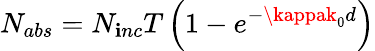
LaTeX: N_{abs}=N_{\mathbf{i}nc}T\left(1-e^{-\kappak_{0}d}\right)